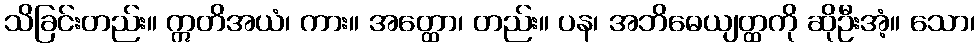
သိခြင်းတည်း။ ဣတိအယံ၊ ကား။ အတ္ထော၊ တည်း။ ပန၊ အဘိဓေယျတ္ထကို ဆိုဦးအံ့။ သော၊